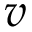
v